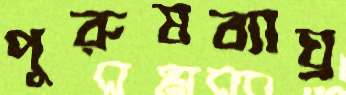
পুরুষব্যাঘ্র